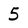
Character: 5